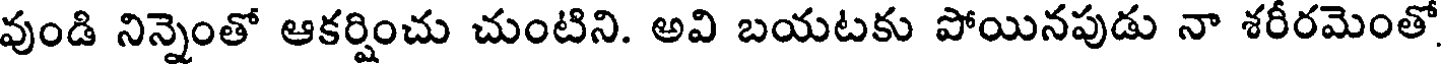
వుండి నిన్నెంతో ఆకర్షించు చుంటిని. అవి బయటకు పోయినపుడు నా శరీరమెంతో